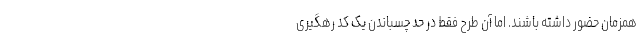
همزمان حضور داشته باشند. اما آن طرح فقط در حد چسباندن یک کد رهگیری